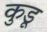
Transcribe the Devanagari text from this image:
कुडू